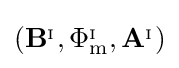
\left(\mathbf {B} ^{_{\mathrm {I} }},\Phi _{\mathrm {m} }^{_{\mathrm {I} }},\mathbf {A} ^{_{\mathrm {I} }}\right)